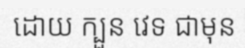
ដោយ ក្បួន វេទ ជាមុន